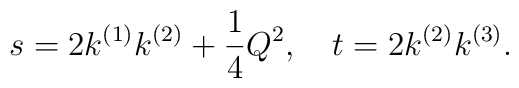
s=2k^{(1)}k^{(2)}+\frac{1}{4}Q^2,~~~t=2k^{(2)}k^{(3)}.